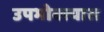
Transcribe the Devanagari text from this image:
उपभोक्त्यास